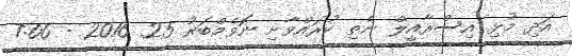
އަދި މުޅި އިސްރާއީލް ނެތި ކުރައްވާށި ނޮވެމްބަރު 25